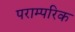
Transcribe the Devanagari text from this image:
पराम्परिक